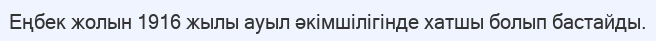
Еңбек жолын 1916 жылы ауыл әкімшілігінде хатшы болып бастайды.